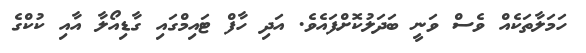
ހަމަލާތަކެއް ވެސް ވަނީ ބަދަލުކޮށްފައެވެ. އަދި ހާފް ޓައިމްގައި ގާޑިއޯލާ އާއި ކުކްގެ